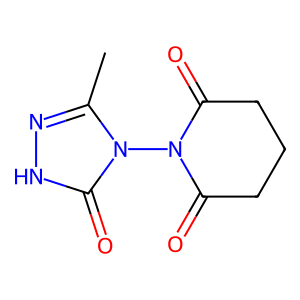
SMILES: Cc1n[nH]c(=O)n1N1C(=O)CCCC1=O
Inhibits HIV replication: No